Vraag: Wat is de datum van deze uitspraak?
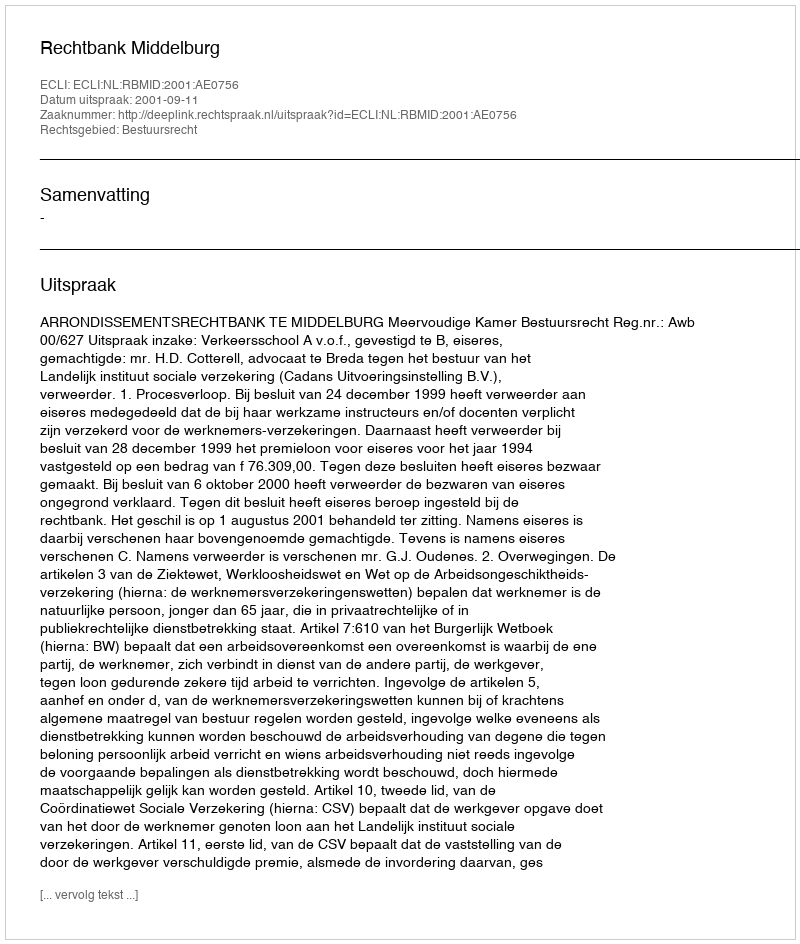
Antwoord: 2001-09-11